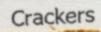
Crackers